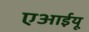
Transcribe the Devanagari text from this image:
एआईयू